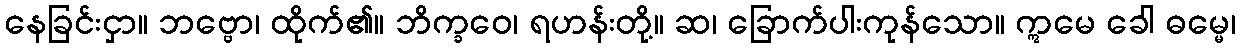
နေခြင်းငှာ။ ဘဗ္ဗော၊ ထိုက်၏။ ဘိက္ခဝေ၊ ရဟန်းတို့။ ဆ၊ ခြောက်ပါးကုန်သော။ ဣမေ ခေါ ဓမ္မေ၊